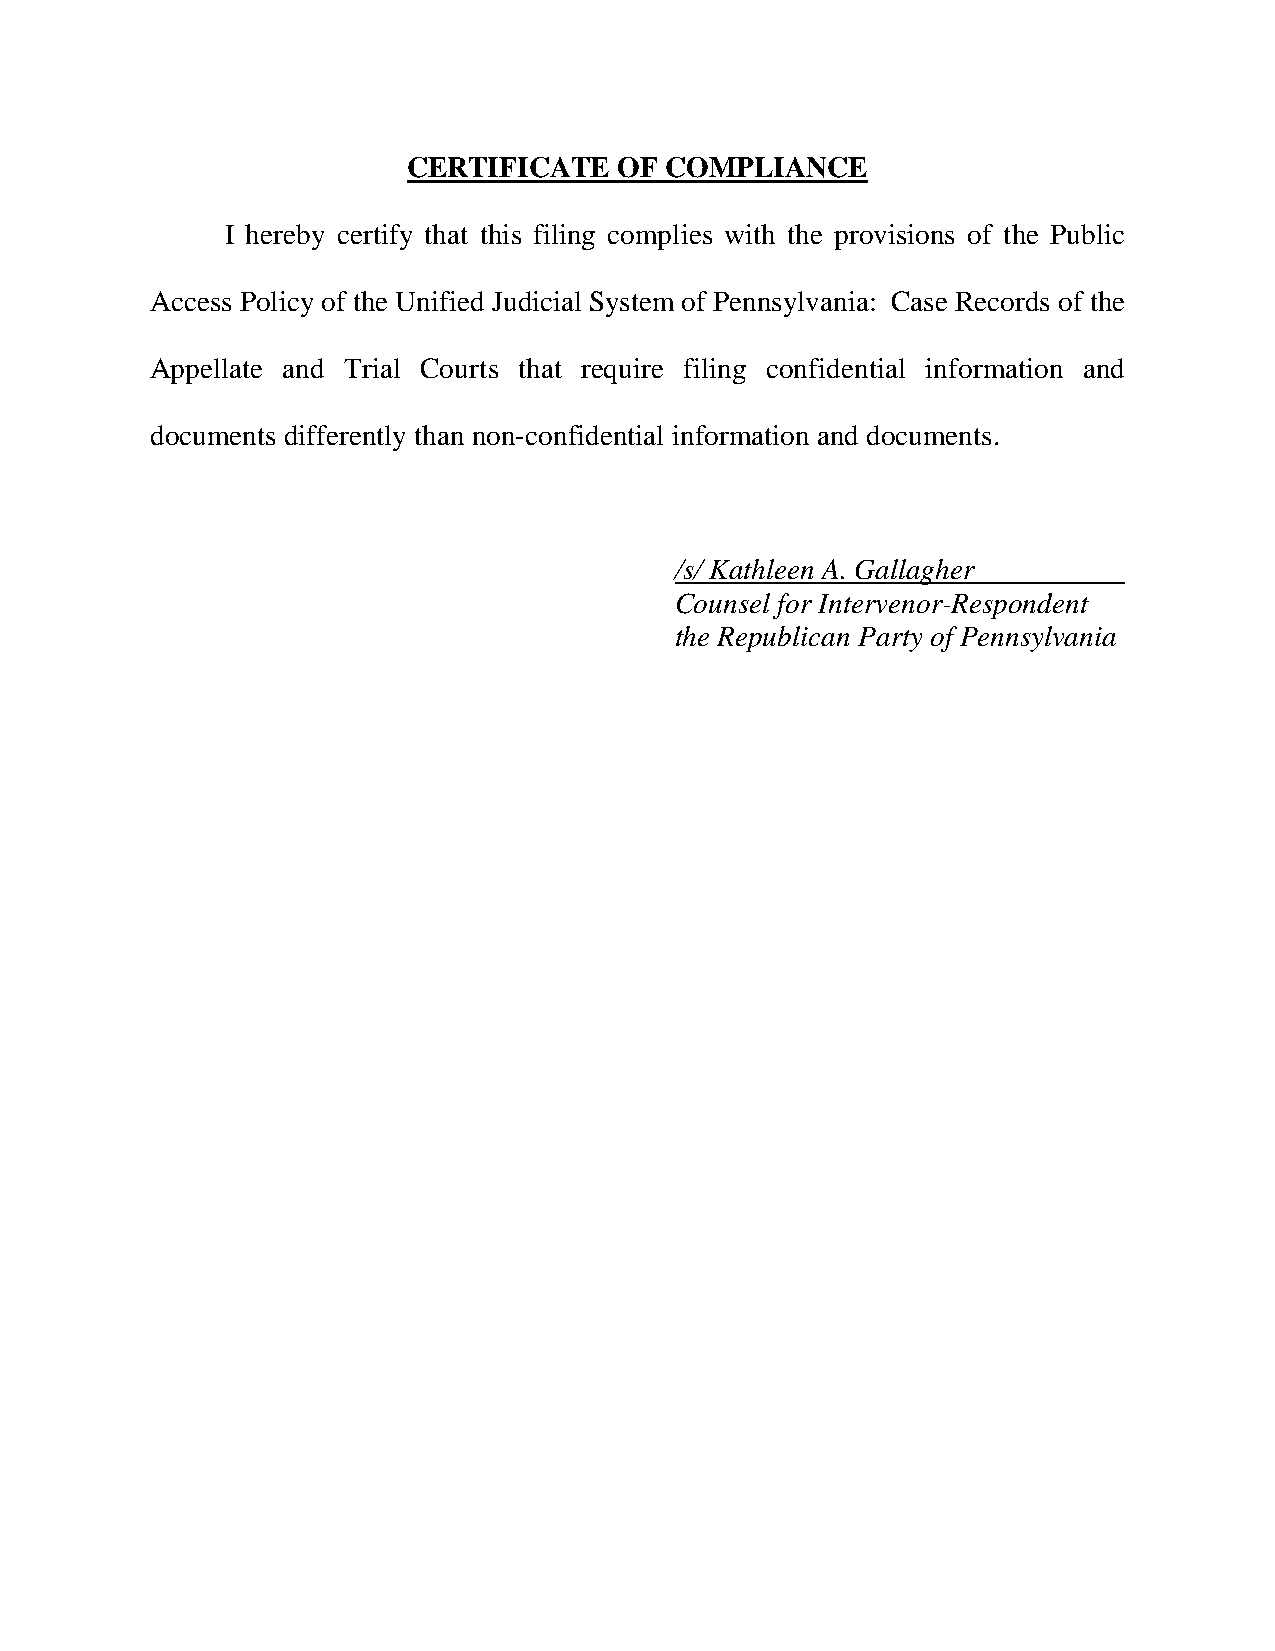
CERTIFICATE   OF COMPLIANCE
 I hereby certify that this filing complies with the provisions of the Public
 Access Policy of the Unified Judicial System of Pennsylvania: Case Records of the
 Appellate and Trial Courts that require filing confidential information and
 documents differently than non-confidential information and documents.
 /s/ Kathleen A. Gallagher
 Counsel for Intervenor-Respondent
 the Republican Party of Pennsylvania